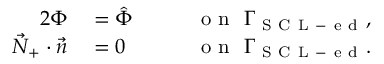
\begin{array} { r l r l } { { 2 } \Phi } & { { } = \hat { \Phi } \quad } & { } & { { } \mathrm { ~ o ~ n ~ } \ \Gamma _ { \mathrm { ~ S ~ C ~ L ~ - ~ e ~ d ~ } } , } \\ { \vec { N } _ { + } \cdot \vec { n } } & { { } = 0 } & { } & { { } \mathrm { ~ o ~ n ~ } \ \Gamma _ { \mathrm { ~ S ~ C ~ L ~ - ~ e ~ d ~ } } . } \end{array}